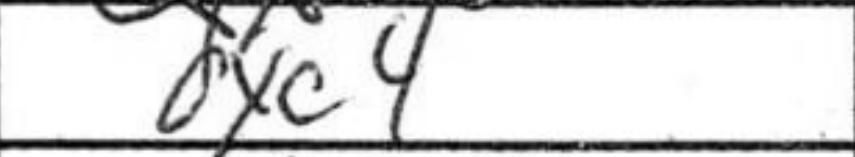
Transcription: dxc4